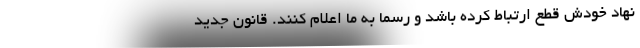
نهاد خودش قطع ارتباط کرده باشد و رسماً به ما اعلام کنند. قانون جدید